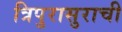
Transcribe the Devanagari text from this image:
त्रिपुरासुराची